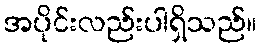
အပိုင်းလည်းပါရှိသည်။